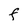
Character: F